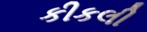
કીકલી